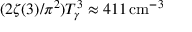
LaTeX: ( 2 \zeta ( 3 ) / \pi ^ { 2 } ) T _ { \gamma } ^ { 3 } \approx 4 1 1 \, { \mathrm { c m } } ^ { - 3 }